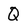
Character: Q